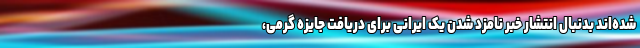
شده‌اند بدنبال انتشار خبر نامزد شدن یک ایرانی برای دریافت جایزه گرمی،